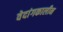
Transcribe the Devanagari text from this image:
वेदांगकालीन